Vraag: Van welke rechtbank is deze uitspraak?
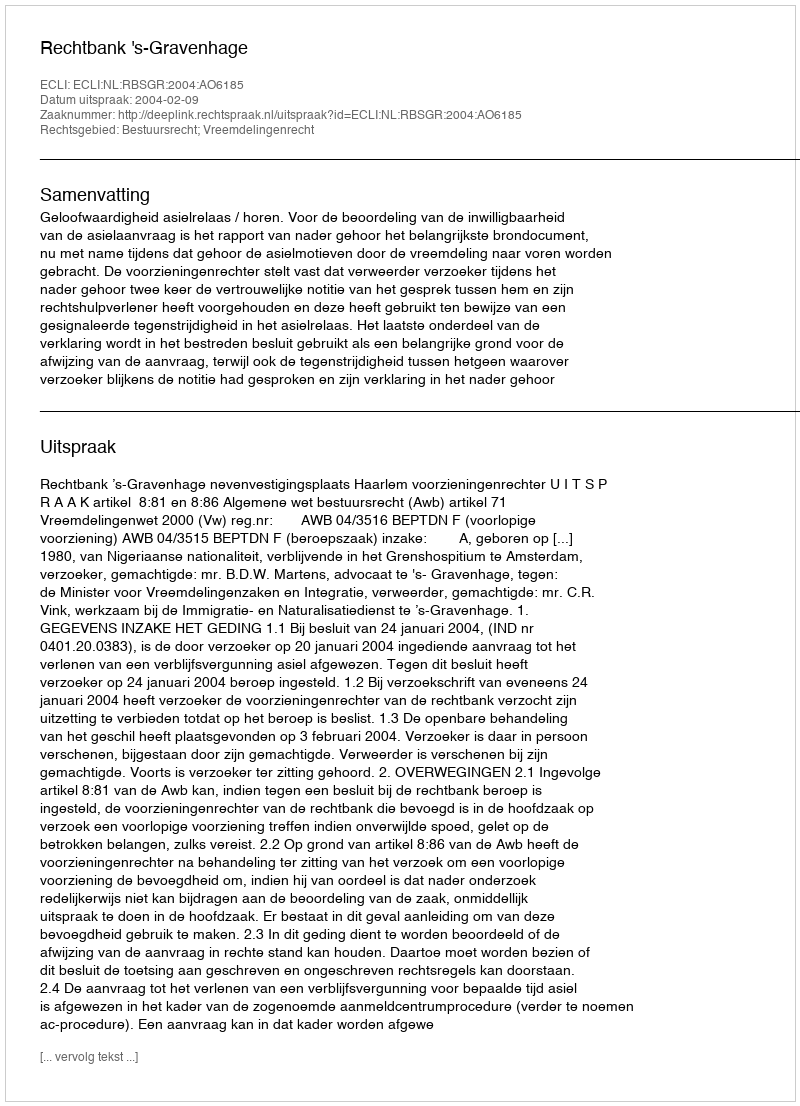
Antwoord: Rechtbank 's-Gravenhage